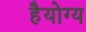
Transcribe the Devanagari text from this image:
हैयोग्य